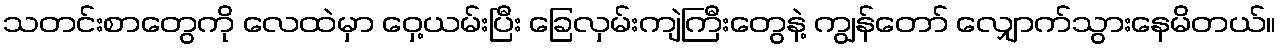
သတင်းစာတွေကို လေထဲမှာ ဝှေ့ယမ်းပြီး ခြေလှမ်းကျဲကြီးတွေနဲ့ ကျွန်တော် လျှောက်သွားနေမိတယ်။